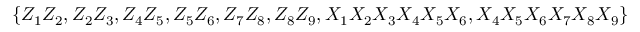
\{ Z _ { 1 } Z _ { 2 } , Z _ { 2 } Z _ { 3 } , Z _ { 4 } Z _ { 5 } , Z _ { 5 } Z _ { 6 } , Z _ { 7 } Z _ { 8 } , Z _ { 8 } Z _ { 9 } , X _ { 1 } X _ { 2 } X _ { 3 } X _ { 4 } X _ { 5 } X _ { 6 } , X _ { 4 } X _ { 5 } X _ { 6 } X _ { 7 } X _ { 8 } X _ { 9 } \}